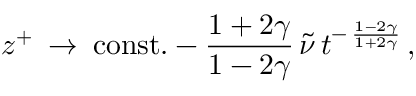
z ^ { + } \: \rightarrow \: \mathrm { c o n s t . } - \frac { 1 + 2 \gamma } { 1 - 2 \gamma } \, \tilde { \nu } \, t ^ { - \, \frac { 1 - 2 \gamma } { 1 + 2 \gamma } } \, ,